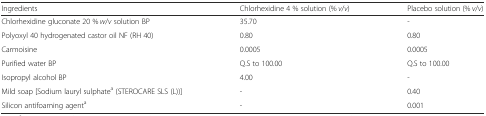
<table><thead><tr><td><b>Ingredients</b></td><td><b>Chlorhexidine 4 % solution (% <i>v</i>/<i>v</i>)</b></td><td><b>Placebo solution (% <i>v</i>/<i>v</i>)</b></td></tr></thead><tbody><tr><td>Chlorhexidine gluconate 20 % <i>w</i>/<i>v</i> solution BP</td><td>35.70</td><td>-</td></tr><tr><td>Polyoxyl 40 hydrogenated castor oil NF (RH 40)</td><td>0.80</td><td>0.80</td></tr><tr><td>Carmoisine</td><td>0.0005</td><td>0.0005</td></tr><tr><td>Purified water BP</td><td>Q.S to 100.00</td><td>Q.S to 100.00</td></tr><tr><td>Isopropyl alcohol BP</td><td>4.00</td><td>-</td></tr><tr><td>Mild soap [Sodium lauryl sulphate<sup>a</sup> (STEROCARE SLS (L))]</td><td>-</td><td>0.40</td></tr><tr><td>Silicon antifoaming agent<sup>a</sup></td><td>-</td><td>0.001</td></tr></tbody></table>